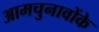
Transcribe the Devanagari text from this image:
आमचुनावोंके